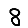
Digit: 8